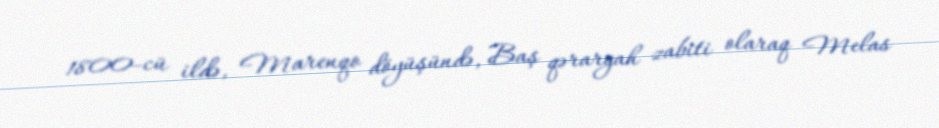
1800-cü ildə, Marenqo döyüşündə, Baş qərargah zabiti olaraq Melas